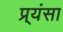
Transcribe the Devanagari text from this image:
प्र्यंसा